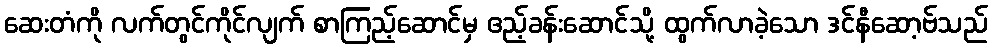
ဆေးတံကို လက်တွင်ကိုင်လျက် စာကြည့်ဆောင်မှ ဧည့်ခန်းဆောင်သို့ ထွက်လာခဲ့သော ဒင်နီဆော့ဗ်သည်